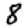
Digit: 8